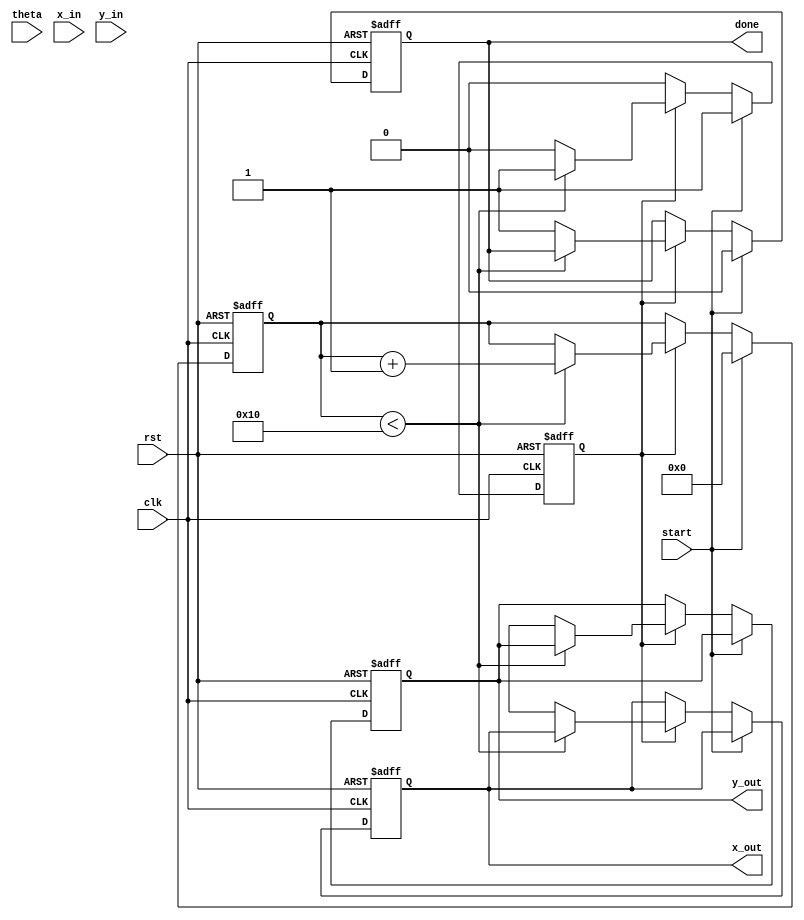
module cordic #(
    parameter DATA_WIDTH = 16, // Width of input and output data
    parameter N_ITERATIONS = 16 // Number of CORDIC iterations
)(
    input wire clk,              // Clock signal
    input wire rst,              // Reset signal
    input wire start,            // Start signal for computation
    input wire signed [DATA_WIDTH-1:0] theta, // Input angle (in radians)
    input wire signed [DATA_WIDTH-1:0] x_in,  // Initial x vector
    input wire signed [DATA_WIDTH-1:0] y_in,  // Initial y vector
    output reg signed [DATA_WIDTH-1:0] x_out,  // Output x vector
    output reg signed [DATA_WIDTH-1:0] y_out,  // Output y vector
    output reg done              // Done signal
);

    // CORDIC constants
    reg signed [DATA_WIDTH-1:0] atan_table [0:N_ITERATIONS-1];
    reg signed [DATA_WIDTH-1:0] K; // Scaling factor

    // Internal registers
    reg signed [DATA_WIDTH-1:0] x [0:N_ITERATIONS-1];
    reg signed [DATA_WIDTH-1:0] y [0:N_ITERATIONS-1];
    reg signed [DATA_WIDTH-1:0] z [0:N_ITERATIONS-1];
    reg [3:0] iteration; // Iteration counter
    reg start_iter; // Start iteration flag

    // Initialize CORDIC constants
    initial begin
        atan_table[0] = 16'h26B2; // atan(2^0) in fixed-point
        atan_table[1] = 16'h1D7A; // atan(2^-1)
        atan_table[2] = 16'h16C9; // atan(2^-2)
        atan_table[3] = 16'h0FAD; // atan(2^-3)
        atan_table[4] = 16'h0C90; // atan(2^-4)
        atan_table[5] = 16'h0A3D; // atan(2^-5)
        atan_table[6] = 16'h0519; // atan(2^-6)
        atan_table[7] = 16'h028D; // atan(2^-7)
        atan_table[8] = 16'h0142; // atan(2^-8)
        atan_table[9] = 16'h00A1; // atan(2^-9)
        atan_table[10] = 16'h0051; // atan(2^-10)
        atan_table[11] = 16'h0028; // atan(2^-11)
        atan_table[12] = 16'h0014; // atan(2^-12)
        atan_table[13] = 16'h000A; // atan(2^-13)
        atan_table[14] = 16'h0005; // atan(2^-14)
        atan_table[15] = 16'h0002; // atan(2^-15)

        // Precompute scaling factor K
        K = 16'hB2D4; // Approximate value of K for N_ITERATIONS = 16
    end

    // Control logic
    always @(posedge clk or posedge rst) begin
        if (rst) begin
            iteration <= 0;
            done <= 0;
            x_out <= 0;
            y_out <= 0;
            start_iter <= 0;
        end else if (start) begin
            // Initialize inputs
            x[0] <= x_in;
            y[0] <= y_in;
            z[0] <= theta;
            iteration <= 0;
            done <= 0;
            start_iter <= 1;
        end else if (start_iter) begin
            if (iteration < N_ITERATIONS) begin
                // CORDIC rotation logic
                if (z[iteration] < 0) begin
                    // Counter-clockwise rotation
                    x[iteration + 1] <= x[iteration] + (y[iteration] >>> iteration);
                    y[iteration + 1] <= y[iteration] - (x[iteration] >>> iteration);
                    z[iteration + 1] <= z[iteration] + atan_table[iteration];
                end else begin
                    // Clockwise rotation
                    x[iteration + 1] <= x[iteration] - (y[iteration] >>> iteration);
                    y[iteration + 1] <= y[iteration] + (x[iteration] >>> iteration);
                    z[iteration + 1] <= z[iteration] - atan_table[iteration];
                end
                iteration <= iteration + 1;
            end else begin
                // Final output after all iterations
                x_out <= x[N_ITERATIONS];
                y_out <= y[N_ITERATIONS];
                done <= 1;
                start_iter <= 0;
            end
        end
    end

endmodule